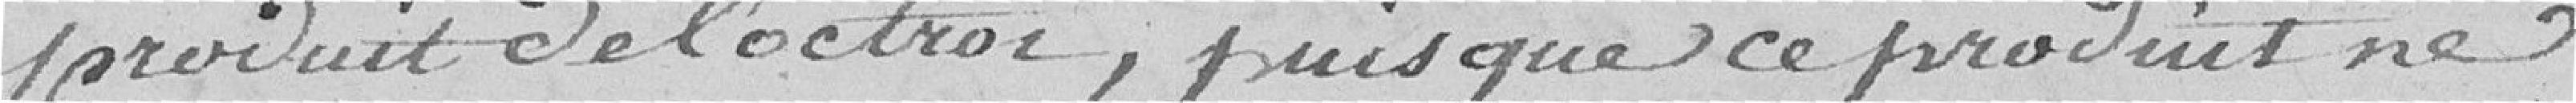
produit de l'Octroi, puisque ce produit ne